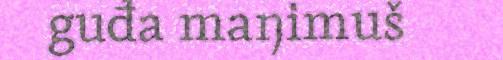
guđa maŋimuš